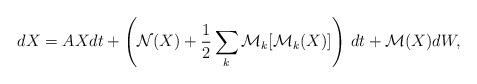
LaTeX: \begin{align*} dX = AX dt + \left( \mathcal N(X) + \frac12 \sum_k \mathcal M_k[ \mathcal M_k(X) ] \right) \, dt + \mathcal M(X) d W,\end{align*}